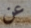
عن